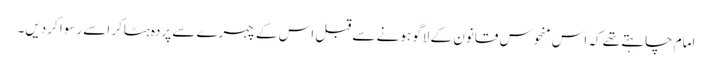
امام چاہتے تھے کہ اس منحوس قانون کے لاگو ہونے سے قبل اس کے چہرے سے پردہ ہٹاکر اسے رسوا کردیں۔